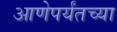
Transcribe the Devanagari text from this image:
आणेपर्यंतच्या